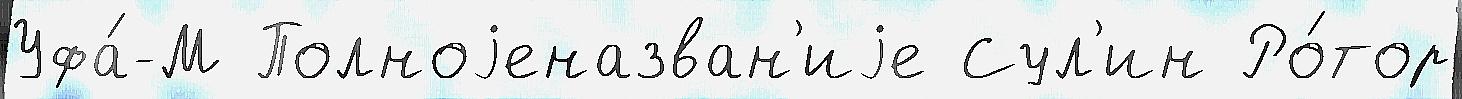
Уфа́-М Полноjеназван'иjе Сул'ин Ро́тор